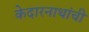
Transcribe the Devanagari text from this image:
केदारनाथांची